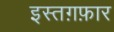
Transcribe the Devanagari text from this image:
इस्तग़फ़ार